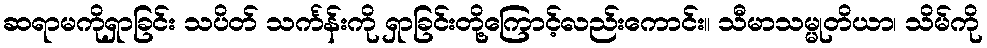
ဆရာမကိုရှာခြင်း သပိတ် သင်္ကန်းကို ရှာခြင်းတို့ကြောင့်လည်းကောင်း။ သီမာသမ္မုတိယာ၊ သိမ်ကို